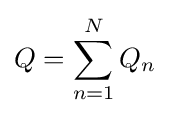
Q=\sum _{n=1}^{N}Q_{n}